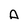
Character: A